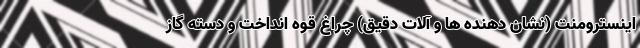
اینسترومنت (نشان دهنده ها و آلات دقیق) چراغ قوه انداخت و دسته گاز